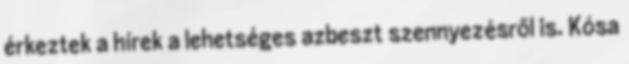
érkeztek a hírek a lehetséges azbeszt szennyezésről is. Kósa